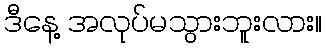
ဒီနေ့ အလုပ်မသွားဘူးလား။